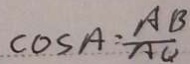
\cos A = \frac { A B } { A C }